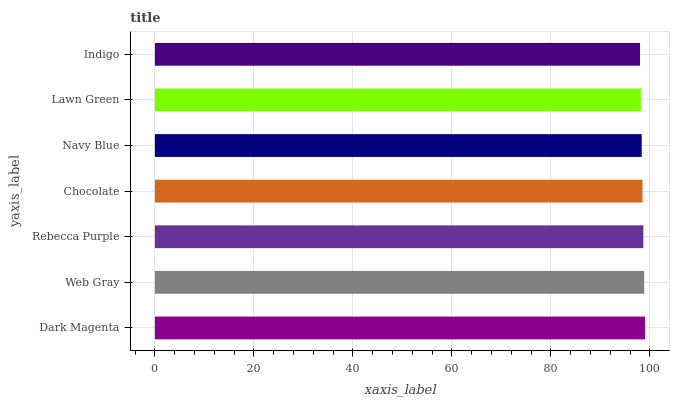
| yaxis_label | bars |
 | --- | --- |
 | Dark Magenta | 99 |
 | Web Gray | 98.8 |
 | Rebecca Purple | 98.7 |
 | Chocolate | 98.5 |
 | Navy Blue | 98.3 |
 | Lawn Green | 98.2 |
 | Indigo | 98 |